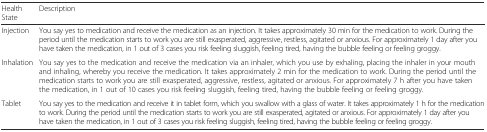
| Health State | Description |
 | --- | --- |
 | Injection | You say yes to medication and receive the medication as an injection. It takes approximately 30 min for the medication to work. During the period until the medication starts to work you are still exasperated, aggressive, restless, agitated or anxious. For approximately 1 day after you have taken the medication, in 1 out of 3 cases you risk feeling sluggish, feeling tired, having the bubble feeling or feeling groggy. |
 | Inhalation | You say yes to the medication and receive the medication via an inhaler, which you use by exhaling, placing the inhaler in your mouth and inhaling, whereby you receive the medication. It takes approximately 2 min for the medication to work. During the period until the medication starts to work you are still exasperated, aggressive, restless, agitated or anxious. For approximately 7 h after you have taken the medication, in 1 out of 10 cases you risk feeling sluggish, feeling tired, having the bubble feeling or feeling groggy. |
 | Tablet | You say yes to the medication and receive it in tablet form, which you swallow with a glass of water. It takes approximately 1 h for the medication to work. During the period until the medication starts to work you are still exasperated, agitated or anxious. For approximately 1 day after you have taken the medication, in 1 out of 3 cases you risk feeling sluggish, feeling tired, having the bubble feeling or feeling groggy. |